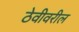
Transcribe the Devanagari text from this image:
ठेवीवरील